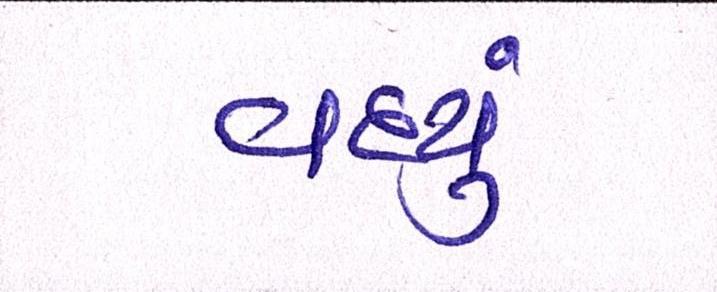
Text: વધ્યું